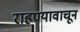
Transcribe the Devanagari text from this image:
राहण्यावाचून